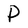
Character: P